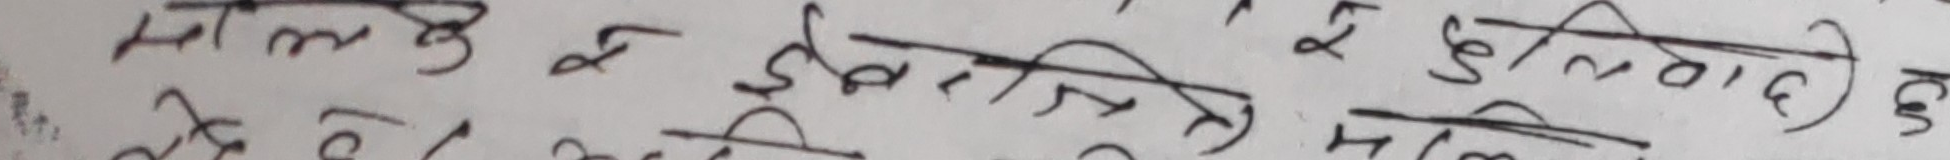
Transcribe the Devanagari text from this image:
माल्ने के इतिमालि के कुमालि कु